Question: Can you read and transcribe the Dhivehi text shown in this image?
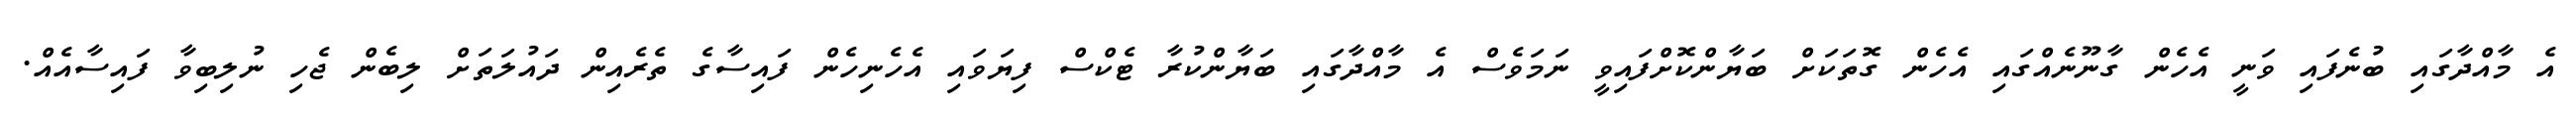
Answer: އެ މާއްދާގައި ބުނެފައި ވަނީ އެހެން ގާނޫނެއްގައި އެހެން ގޮތަކަށް ބަޔާންކޮށްފައިވީ ނަމަވެސް އެ މާއްދާގައި ބަޔާންކުރާ ޓެކްސް ފިޔަވައި އެހެނިހެން ފައިސާގެ ތެރެއިން ދައުލަތަށް ލިބެން ޖެހި ނުލިބިވާ ފައިސާއެއް.